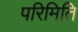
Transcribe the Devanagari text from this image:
परिमिति